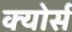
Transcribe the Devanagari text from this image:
क्योर्स